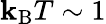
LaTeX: \mathbf{k}_{\mathrm{{B}}}T\sim1